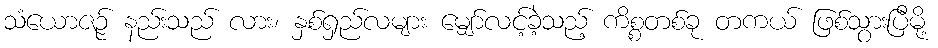
သံယောဇဉ် နည်းသည် လား၊ နှစ်ရှည်လများ မျှော်လင့်ခဲ့သည့် ကိစ္စတစ်ခု တကယ် ဖြစ်သွားပြီမို့